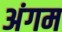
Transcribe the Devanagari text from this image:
अंगम